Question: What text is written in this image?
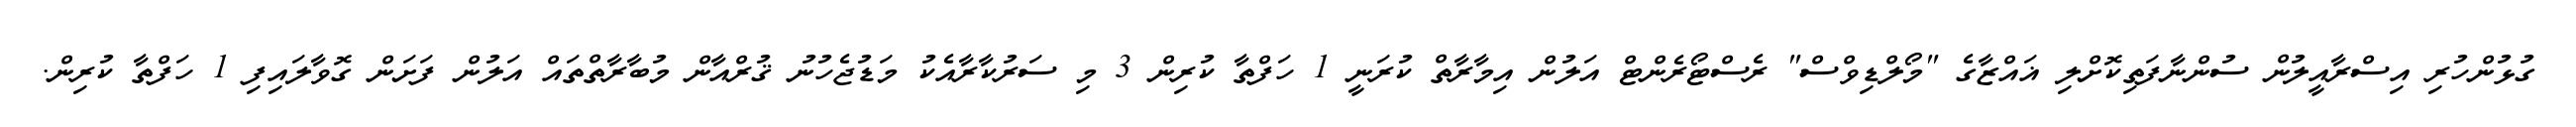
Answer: ގުޅުންހުރި އިސްރާއީލުން ސުންނާފަތިކޮށްލި ޣައްޒާގެ "މޯލްޑިވްސް" ރެސްޓޯރެންޓް އަލުން އިމާރާތް ކުރަނީ 1 ހަފްތާ ކުރިން 3 މި ސަރުކާރާއެކު މަޑުޖެހުނު ޤުރްއާން މުބާރާތްތައް އަލުން ފަށަން ގޮވާލައިފި 1 ހަފްތާ ކުރިން.